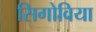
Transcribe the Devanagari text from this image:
सिगोविया